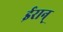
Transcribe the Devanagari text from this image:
ईरान्